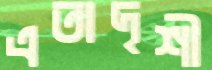
এতাদৃশী